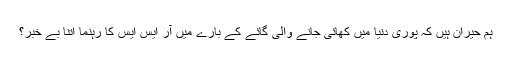
ہم حیران ہیں کہ پوری دنیا میں کھائی جانے والی گائے کے بارے میں آر ایس ایس کا رہنما اتنا بے خبر؟